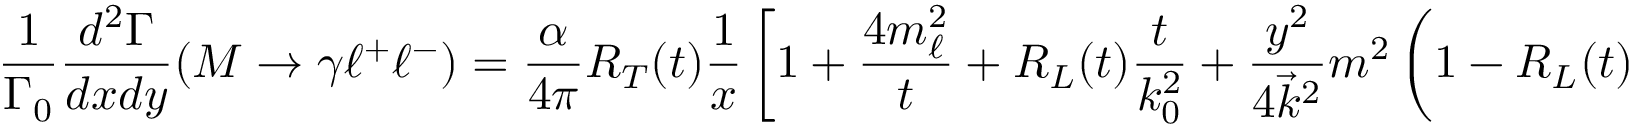
\displaystyle \frac { 1 } { \Gamma _ { 0 } } \displaystyle \frac { d ^ { 2 } \Gamma } { d x d y } ( M \to \gamma \ell ^ { + } \ell ^ { - } ) = \displaystyle \frac { \alpha } { 4 \pi } R _ { T } ( t ) \displaystyle \frac { 1 } { x } \left[ 1 + \displaystyle \frac { 4 m _ { \ell } ^ { 2 } } { t } + R _ { L } ( t ) \displaystyle \frac { t } { k _ { 0 } ^ { 2 } } + \displaystyle \frac { y ^ { 2 } } { 4 \vec { k } ^ { 2 } } m ^ { 2 } \left( 1 - R _ { L } ( t ) \displaystyle \frac { t } { k _ { 0 } ^ { 2 } } \right) \right] ,